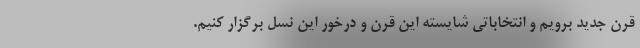
قرن جدید برویم و انتخاباتی شایسته این قرن و درخور این نسل برگزار کنیم.